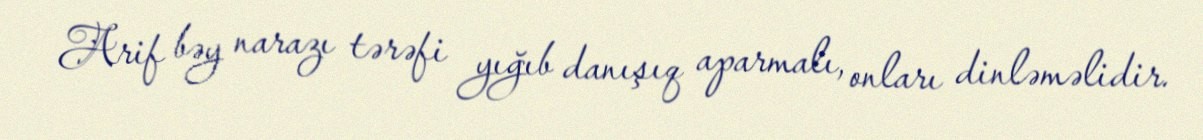
Arif bəy narazı tərəfi yığıb danışıq aparmalı, onları dinləməlidir.